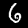
Label: 6